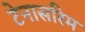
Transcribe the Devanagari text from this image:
टेनासरिम